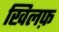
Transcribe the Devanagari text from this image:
खिलफ़